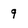
Character: 9